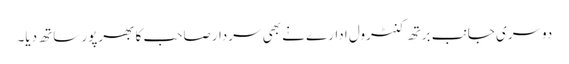
دوسری جانب برتھ کنٹرول ادارے نے بھی سردارصاحب کا بھرپور ساتھ دیا۔